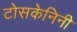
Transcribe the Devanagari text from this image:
टोसकेनिनी